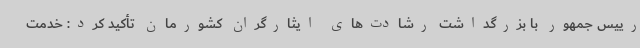
رییس جمهور با بزرگداشت رشادت‌های ایثارگران کشورمان تأکید کرد: خدمت